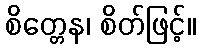
စိတ္တေန၊ စိတ်ဖြင့်။